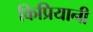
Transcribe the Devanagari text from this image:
किप्रियानी